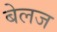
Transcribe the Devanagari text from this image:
बेलज